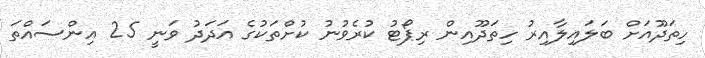
ހިތަދޫއަށް ބަލައިލާއިރު ހިތަދޫއިން ރިޕޯޓު ކުރެވުނު ކުށްތަކުގެ އަދަދު ވަނީ 25 އިންސައްތަ